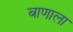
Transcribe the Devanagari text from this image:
बाणाला